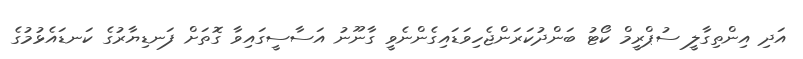
އަދި އިންތިގާލީ ސުޕްރީމް ކޯޓު ބަންދުކަރަންޖެހިވަޑައިގެންނެވީ ގާނޫނު އަސާސީގައިވާ ގޮތަށް ފަނޑިޔާރުގެ ކަނޑައެޅުމުގެ